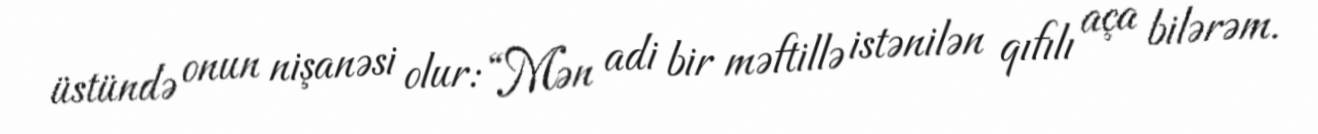
üstündə onun nişanəsi olur: “Mən adi bir məftillə istənilən qıfılı aça bilərəm.